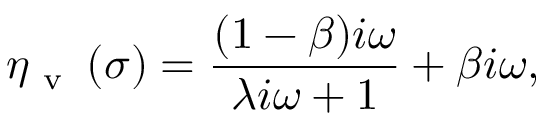
\eta _ { \mathrm { ~ v ~ } } \left( \sigma \right) = \frac { ( 1 - \beta ) i \omega } { \lambda i \omega + 1 } + \beta i \omega ,